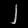
Digit: ၂